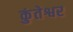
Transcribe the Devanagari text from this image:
कुंतेश्वर